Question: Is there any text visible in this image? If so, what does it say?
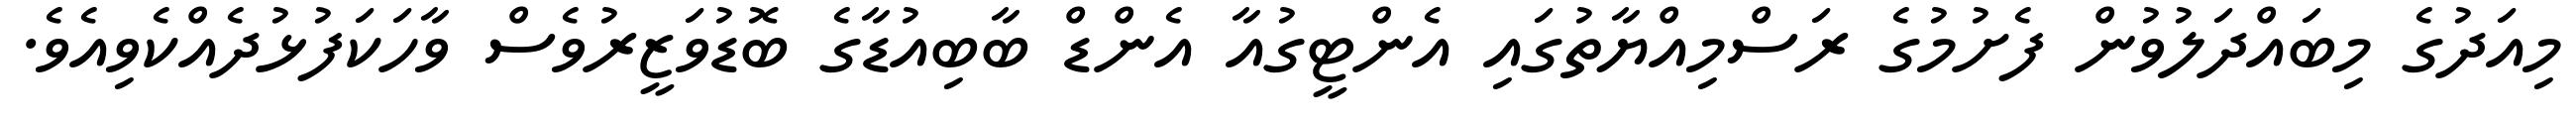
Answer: މިއަދުގެ މިބައްދަލުވުން ފެށުމުގެ ރަސްމިއްޔާތުގައި އެންޓީގުއާ އެންޑް ބާބިއުޑާގެ ބޮޑުވަޒީރުވެސް ވާހަކަފުޅުދެއްކެވިއެވެ.